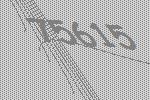
75615